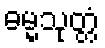
ဓမ္မသုတ္တံ